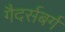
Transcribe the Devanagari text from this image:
गैदर्सबर्ग